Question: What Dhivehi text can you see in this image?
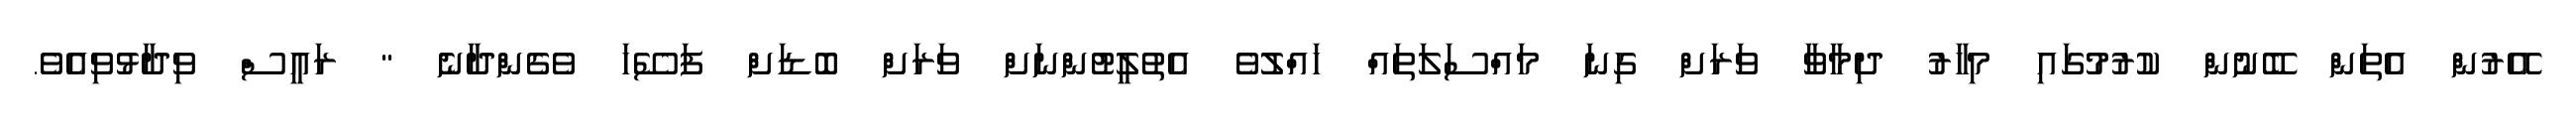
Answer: އޭރުން އެތަން ބޭނުން ކުރުމުގައި މިހާރު ދިމާވާ ވަރަށް ގިނަ މައްސަލަތައް ހައްލުވެ އެތުލީޓުންނަށް ވަރަށް ބޮޑަށް ފަސޭހަ ވެގެންދާނެ " ރައީސް ވިދާޅުވިއެވެ.